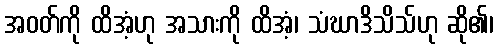
အဝတ်ကို ထိအံ့ဟု အသားကို ထိအံ့၊ သံဃာဒိသိသ်ဟု ဆို၏၊